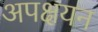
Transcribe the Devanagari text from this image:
अपक्षयन